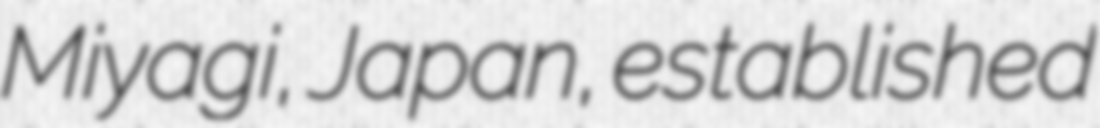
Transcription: Miyagi, Japan, established